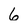
Character: 6